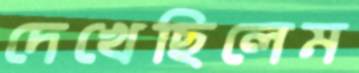
দেখেছিলেম